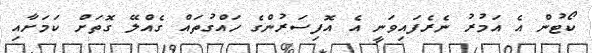
ކޯޓުން އެ އަމުރު ނެރެފައިވަނީ އެ އޮފިސަރުންގެ ހައްގުތައް ގެއްލޭ ގޮތަށް ކަމަށާއި